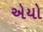
એયો